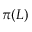
\pi ( L )